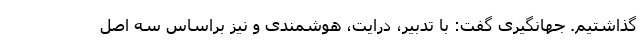
گذاشتیم. جهانگیری گفت: با تدبیر، درایت، هوشمندی و نیز براساس سه اصل